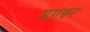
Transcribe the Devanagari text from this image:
मग़रूर